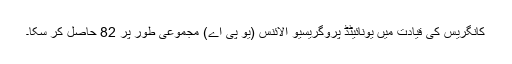
کانگریس کی قیادت میں یونائیٹڈ پروگریسیو الائنس (یو پی اے) مجموعی طور پر 82 حاصل کر سکا۔